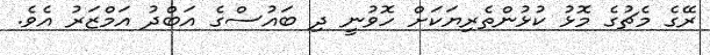
ރޭގެ މެޗުގެ މޮޅު ކުޅުންތެރިޔަކަށް ހޮވުނީ ދި ބައުސްގެ އަބްދު އަމްޒަރު އެވެ.